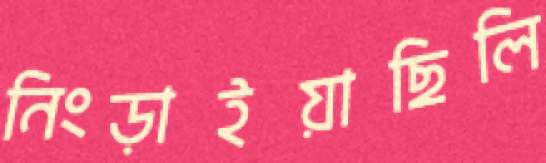
নিংড়াইয়াছিলি